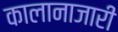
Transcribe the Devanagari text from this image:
कालानाजारी